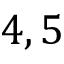
4 , 5